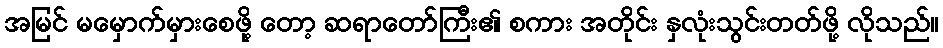
အမြင် မမှောက်မှားစေဖို့ တော့ ဆရာတော်ကြီး၏ စကား အတိုင်း နှလုံးသွင်းတတ်ဖို့ လိုသည်။